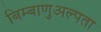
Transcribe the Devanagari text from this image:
बिम्बाणुअल्पता